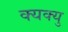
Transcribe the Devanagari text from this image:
क्यक्यु